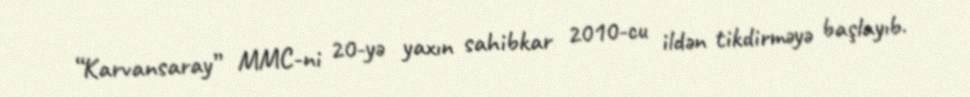
“Karvansaray” MMC-ni 20-yə yaxın sahibkar 2010-cu ildən tikdirməyə başlayıb.